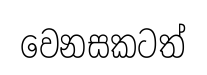
වෙනසකටත්